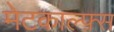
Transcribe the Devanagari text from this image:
मेटकाल्फ़्स